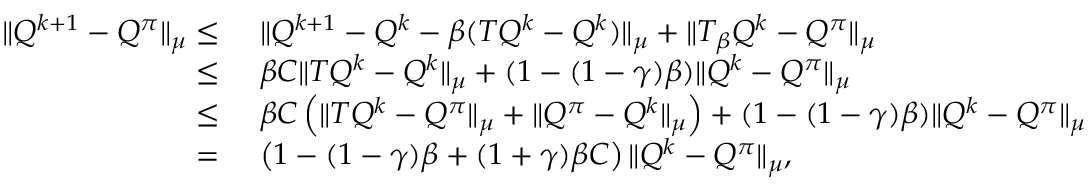
\begin{array} { r l } { \| Q ^ { k + 1 } - Q ^ { \pi } \| _ { \mu } \leq } & { \, \, \| Q ^ { k + 1 } - Q ^ { k } - \beta ( T Q ^ { k } - Q ^ { k } ) \| _ { \mu } + \| T _ { \beta } Q ^ { k } - Q ^ { \pi } \| _ { \mu } } \\ { \leq } & { \, \, \beta C \| T Q ^ { k } - Q ^ { k } \| _ { \mu } + ( 1 - ( 1 - \gamma ) \beta ) \| Q ^ { k } - Q ^ { \pi } \| _ { \mu } } \\ { \leq } & { \, \, \beta C \left( \| T Q ^ { k } - Q ^ { \pi } \| _ { \mu } + \| Q ^ { \pi } - Q ^ { k } \| _ { \mu } \right) + ( 1 - ( 1 - \gamma ) \beta ) \| Q ^ { k } - Q ^ { \pi } \| _ { \mu } } \\ { = } & { \, \, \left( 1 - ( 1 - \gamma ) \beta + ( 1 + \gamma ) \beta C \right) \| Q ^ { k } - Q ^ { \pi } \| _ { \mu } , } \end{array}